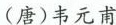
（唐）韦元甫